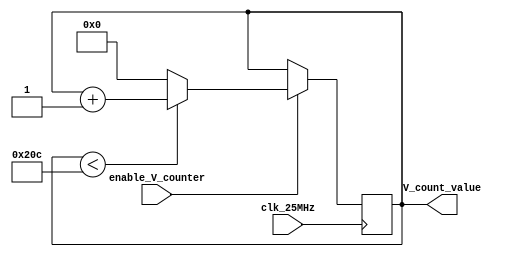
module vertical_counter (
    input clk_25MHz,
    input enable_V_counter,
    output reg [15:0] V_count_value =0
);
    always@(posedge clk_25MHz )begin
        //keep counting until 525
    if(enable_V_counter == 1'b1)begin    
        if(V_count_value < 524)
            V_count_value <= V_count_value +1;

        else V_count_value <=0; //reset vertical Counter
    end

    end

endmodule